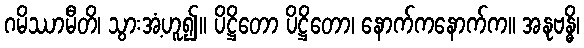
ဂမိဿာမီတိ၊ သွားအံ့ဟူ၍။ ပိဋ္ဌိတော ပိဋ္ဌိတော၊ နောက်ကနောက်က။ အနုဗန္ဓိ၊